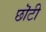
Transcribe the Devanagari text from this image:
छॊटी